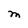
Character: M